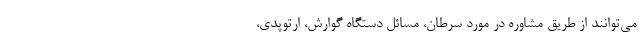
می‌توانند از طریق مشاوره در مورد سرطان، مسائل دستگاه گوارش، ارتوپدی،